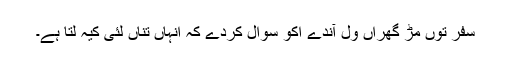
سفر توں مڑ گھراں ول آندے اکو سوال کردے کہ انہاں تِناں لئی کیہ لتا ہے۔